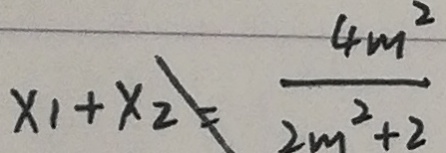
x _ { 1 } + x _ { 2 } \neq \frac { 4 m ^ { 2 } } { 2 m ^ { 2 } + 2 }